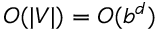
O ( | V | ) = O ( b ^ { d } )